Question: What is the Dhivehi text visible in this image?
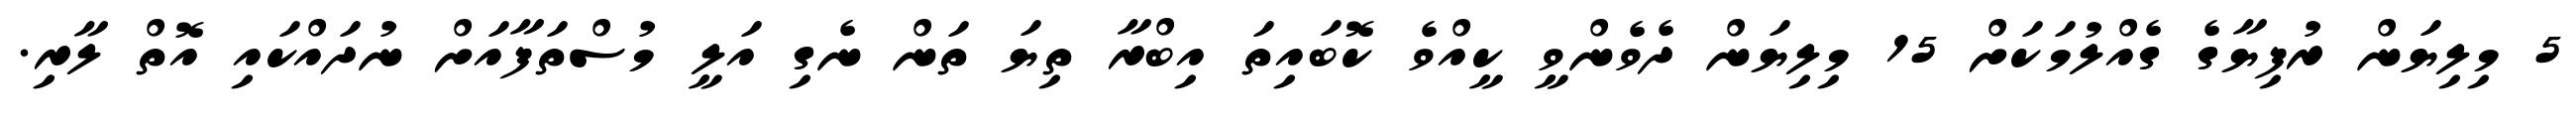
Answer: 5 މިލިޔަން ރުފިޔާގެ ގެއްލުމަކަށް 15 މިލިޔަން ދެވެންވީ ކީއްވެ ކޮބައިތަ އިބްރާ ތިޔަ ތަން ނެގި އަލީ މުސްތަފާއަށް ނުދައްކައި އޮތް ލާރި.